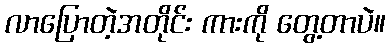
လာပြောတဲ့အတိုင်း ကားကို တွေ့တာပဲ။